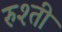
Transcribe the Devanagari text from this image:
रुश्ती